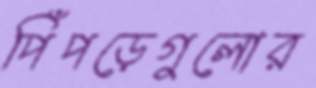
পিঁপড়েগুলোর